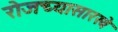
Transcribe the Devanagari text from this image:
रोजच्यासारखे